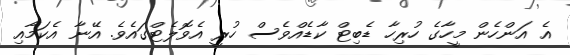
އެ އަންހެން މީހާގެ ހުރިހާ ޑެބިޓް ކާޑެއްވެސް ހުރީ އެވޮލެޓްގައެވެ. އޭނާ އެކަމާއި